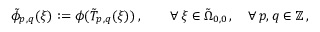
\tilde { \phi } _ { p , q } ( \boldsymbol { \xi } ) : = \phi ( \tilde { T } _ { p , q } ( \boldsymbol { \xi } ) ) \, , \qquad \forall \, \boldsymbol { \xi } \in \tilde { \Omega } _ { 0 , 0 } \, , \quad \forall \, p , q \in \mathbb { Z } \, ,